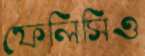
ফেলিসিও